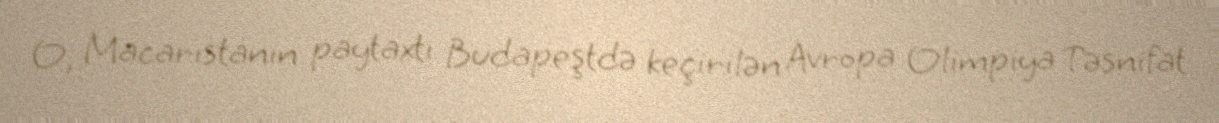
O, Macarıstanın paytaxtı Budapeştdə keçirilən Avropa Olimpiya Təsnifat